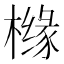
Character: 橼